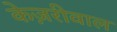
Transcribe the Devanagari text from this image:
केज़रीवाल